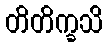
တိတိက္ခသိ